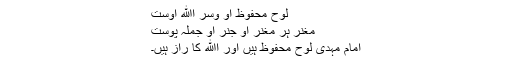
لوح محفوظ او وسر اﷲ اوست
مغنر ہر مغنر او جنر او جملہ پوست
امام مہدی لوح محفوظ ہیں اور اﷲ کا راز ہیں۔